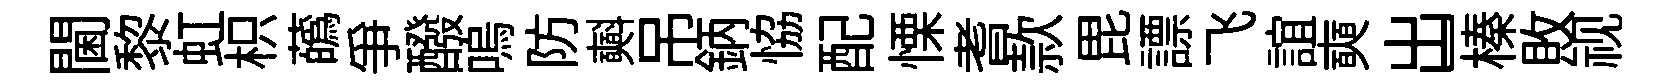
閫黎虹枳蘤爭醱嗚防𣂏吊鈵恊配慄耆款毘謤飞誼奭出一榛敗视